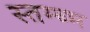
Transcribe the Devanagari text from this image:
स्तम्ब्भ